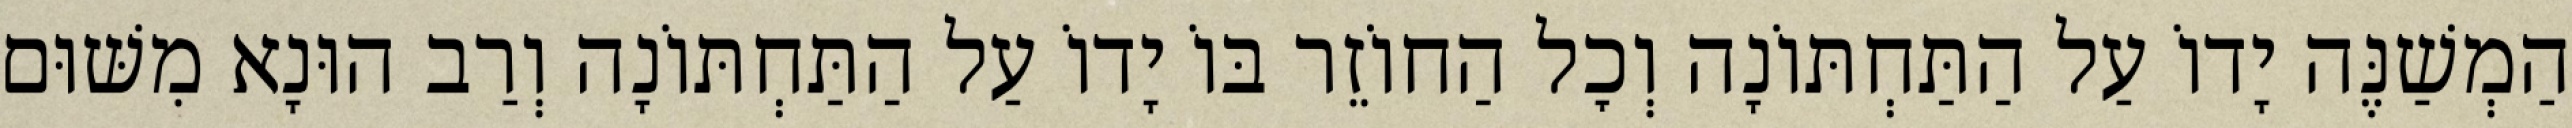
הַמְשַׁנֶּה יָדוֹ עַל הַתַּחְתּוֹנָה וְכׇל הַחוֹזֵר בּוֹ יָדוֹ עַל הַתַּחְתּוֹנָה וְרַב הוּנָא מִשּׁוּם